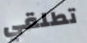
تطلقي